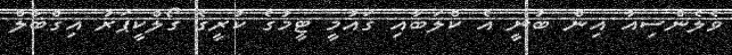
ވެލެންސިއާ އިން ބުނީ އެ ކްލަބާއި ގައުމީ ޓީމުގެ ކުރީގެ ގޯލްކީޕަރު އިގްބާލް